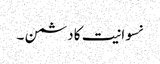
نسوانیت کا دشمن ۔